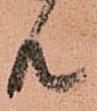
共